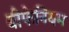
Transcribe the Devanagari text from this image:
बीफेनियम